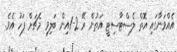
އެއްވަނާގައި އޮތް ލެސްޓާސިޓީ އަތުން ރޭ 2-1އިން ބަލިވި މެޗަށް ފަހު އެވެ.